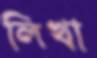
লিখা